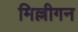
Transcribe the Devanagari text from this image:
मिल्लीगन